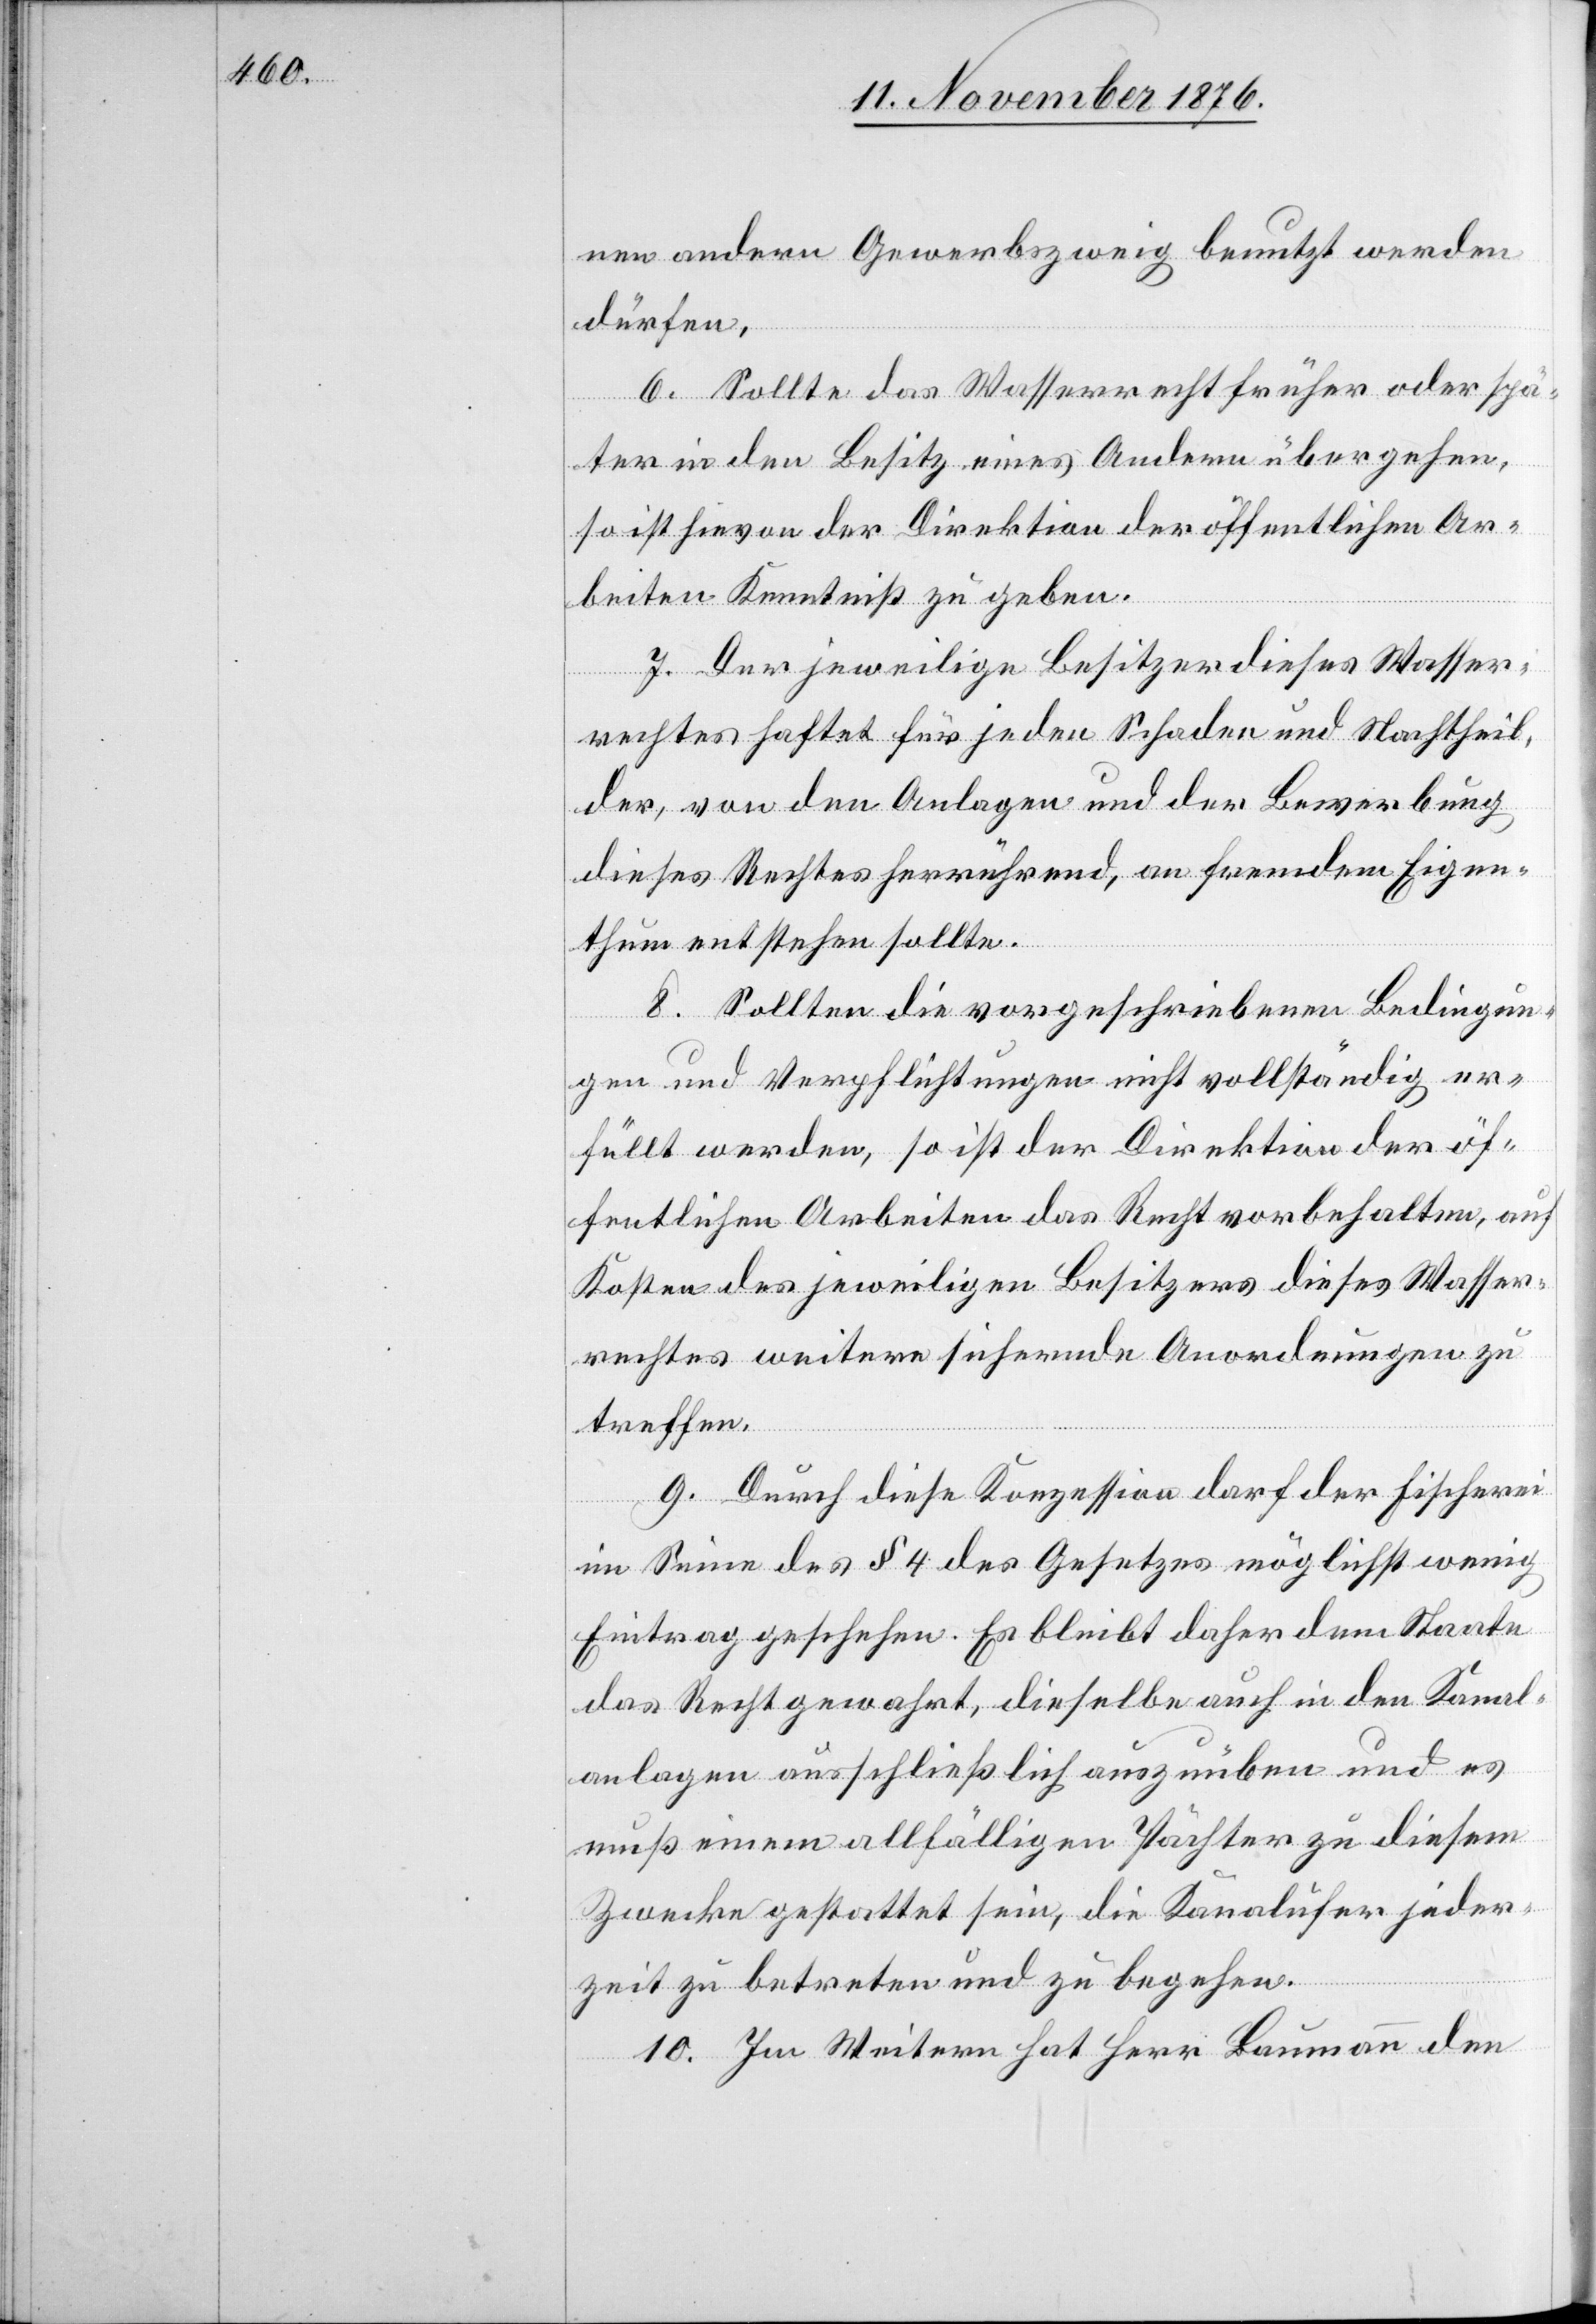
nen andern Gewerbszweig benutzt werden
dürfen.
6. Sollte das Wasserrecht früher oder spä¬
ter in den Besitz eines Andern übergehen,
so ist hievon der Direktion der öffentlichen Ar¬
beiten Kenntniß zu geben.
7. Der jeweilige Besitzer dieses Wasser¬
rechtes haftet für jeden Schaden und Nachtheil,
der, von den Anlagen und der Bewerbung
dieses Rechtes herrührend, an fremdem Eigen¬
thum entstehen sollte.
8. Sollten die vorgeschriebenen Bedingun¬
gen und Verpflichtungen nicht vollständig er¬
füllt werden, so ist der Direktion der öf¬
fentlichen Arbeiten das Recht vorbehalten, auf
Kosten des jeweiligen Besitzers dieses Wasser¬
rechtes weitere sichernde Anordnungen zu
treffen.
9. Durch diese Konzession darf der Fischerei
im Sinne des § 4 des Gesetzes möglichst wenig
Eintrag geschehen. Es bleibt daher dem Staate
das Recht gewahrt, dieselbe auch in den Kanal¬
anlagen ausschließlich auszuüben und es
muß einem allfälligen Pächter zu diesem
Zwecke gestattet sein, die Kanalufer jeder¬
zeit zu betreten und zu begehen.
10. Im Weitern hat Herr Baumann den